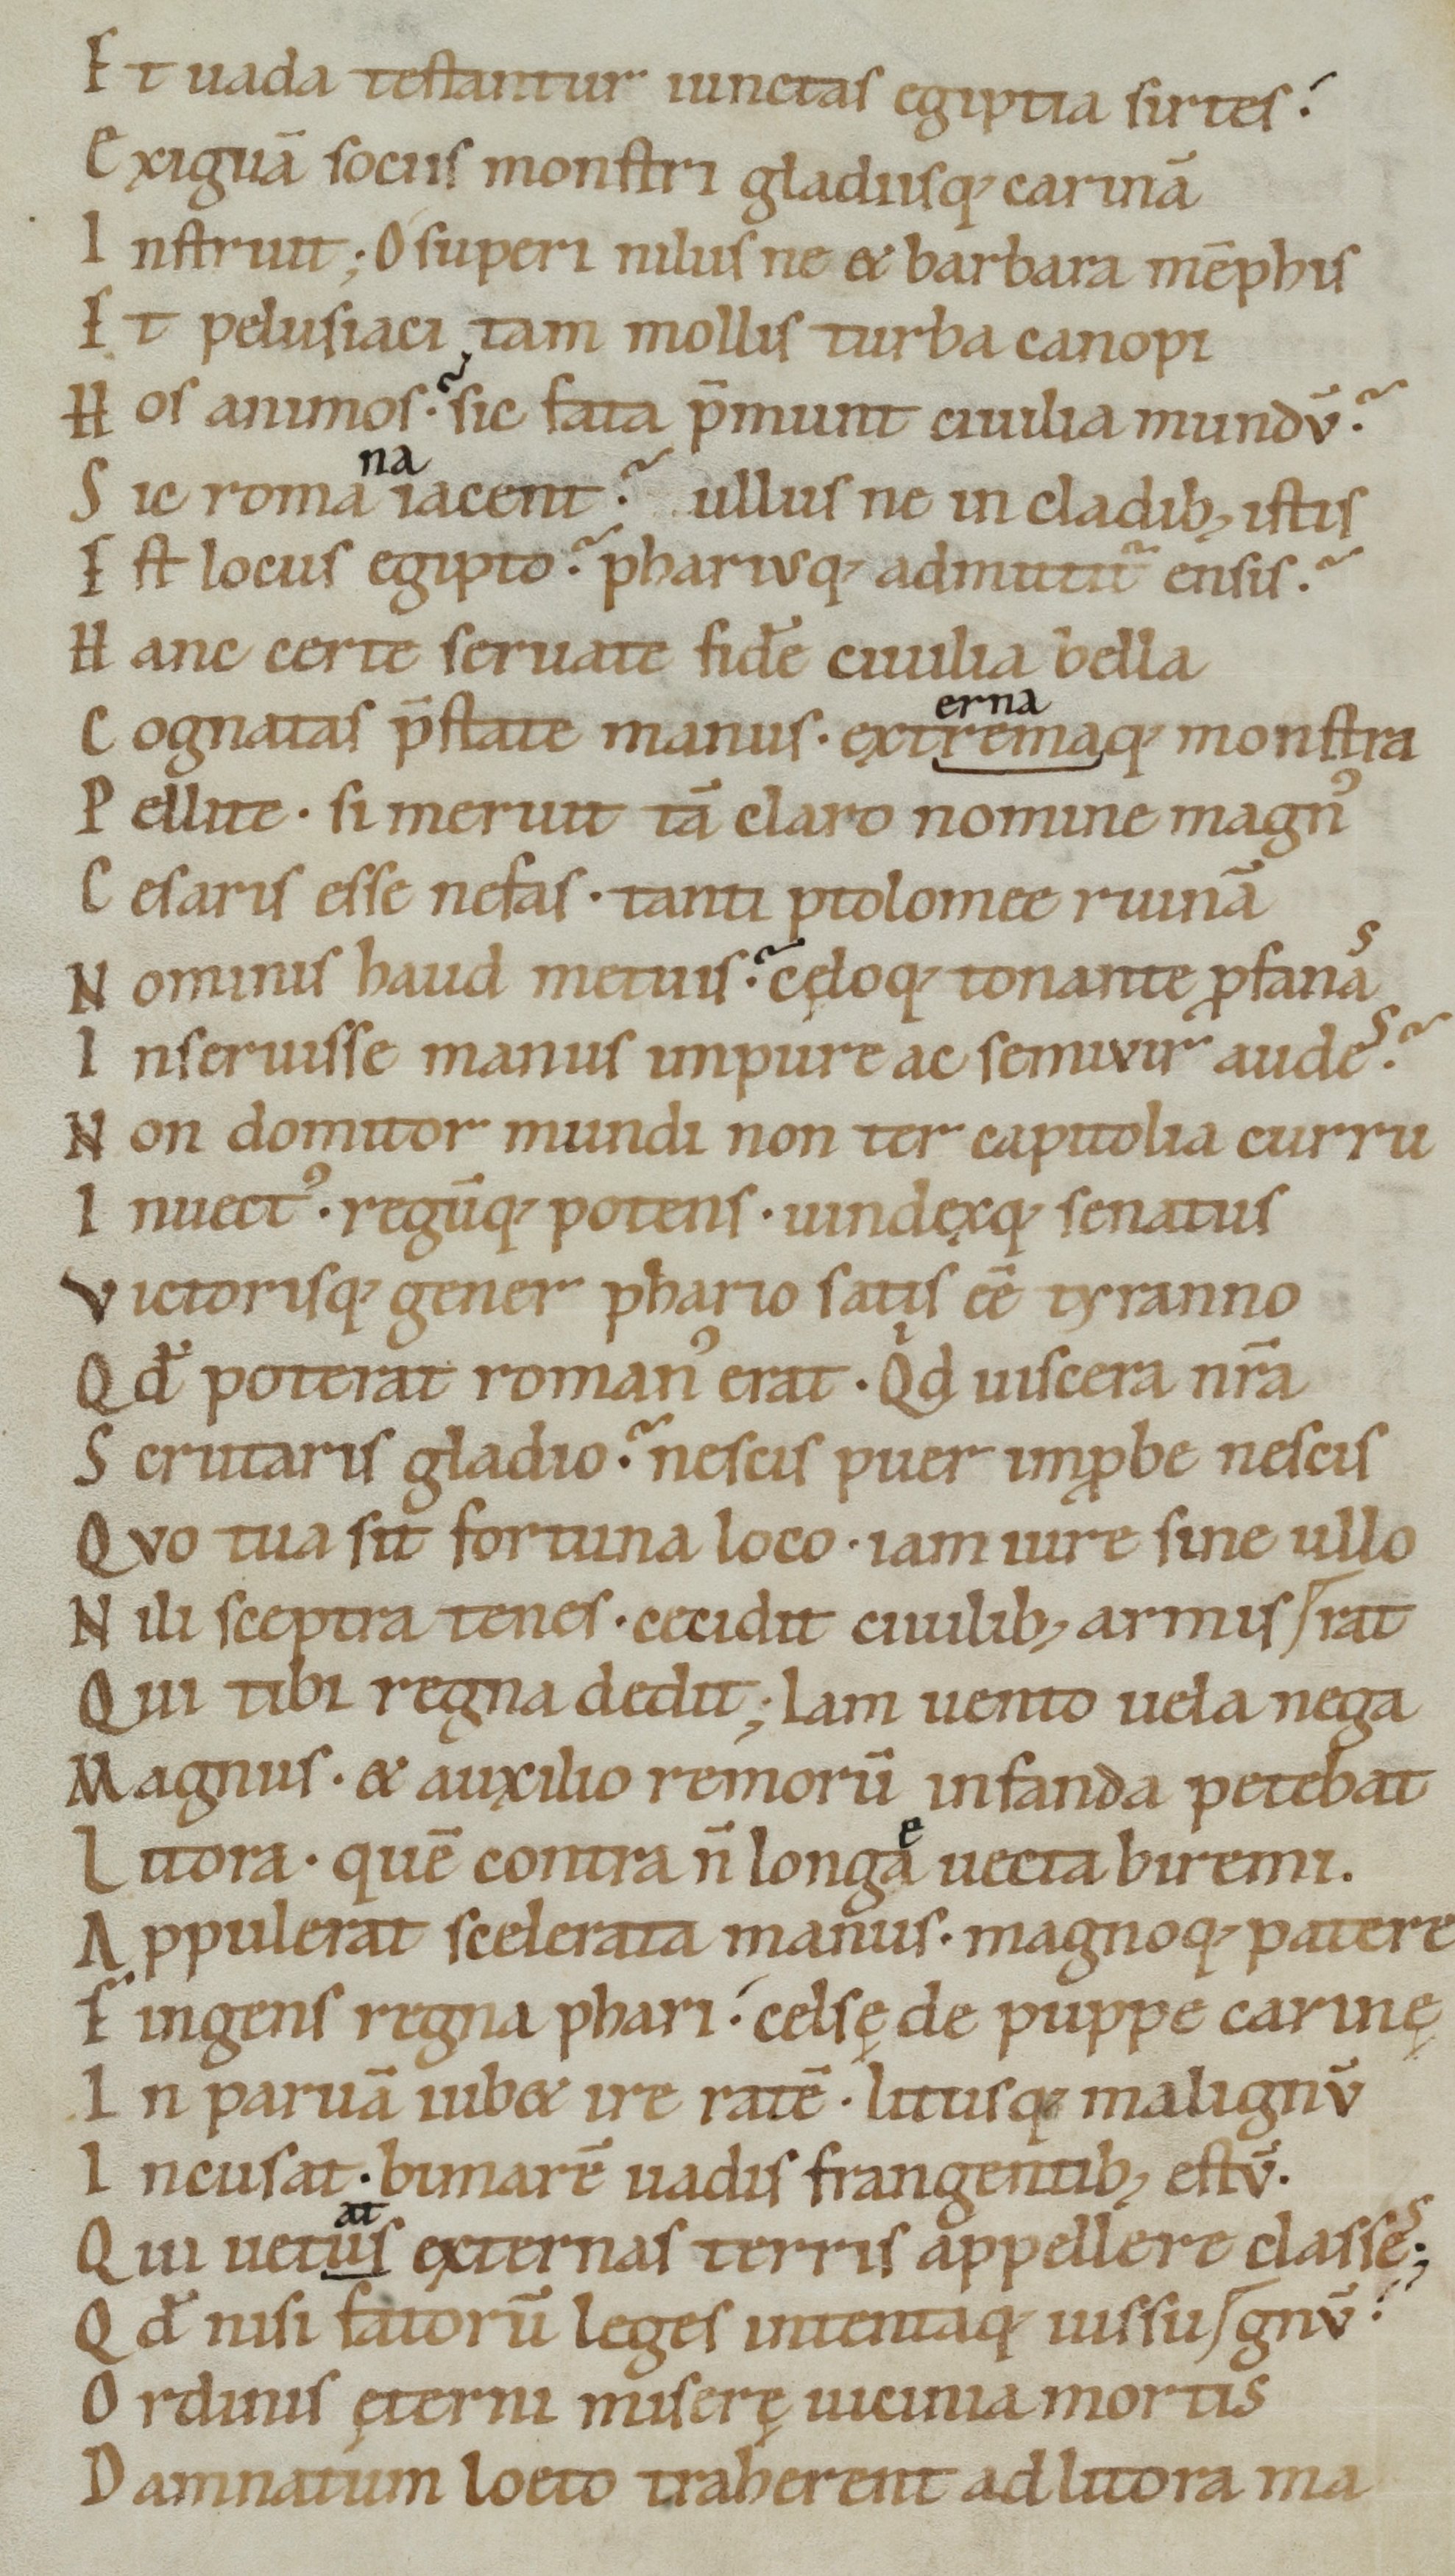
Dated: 1050–1074